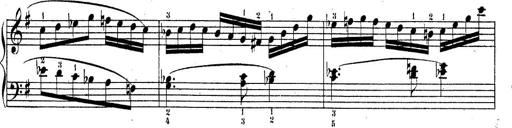
Title: Piano Sonatine No.2
Composer: Peter Piel
Key: G major